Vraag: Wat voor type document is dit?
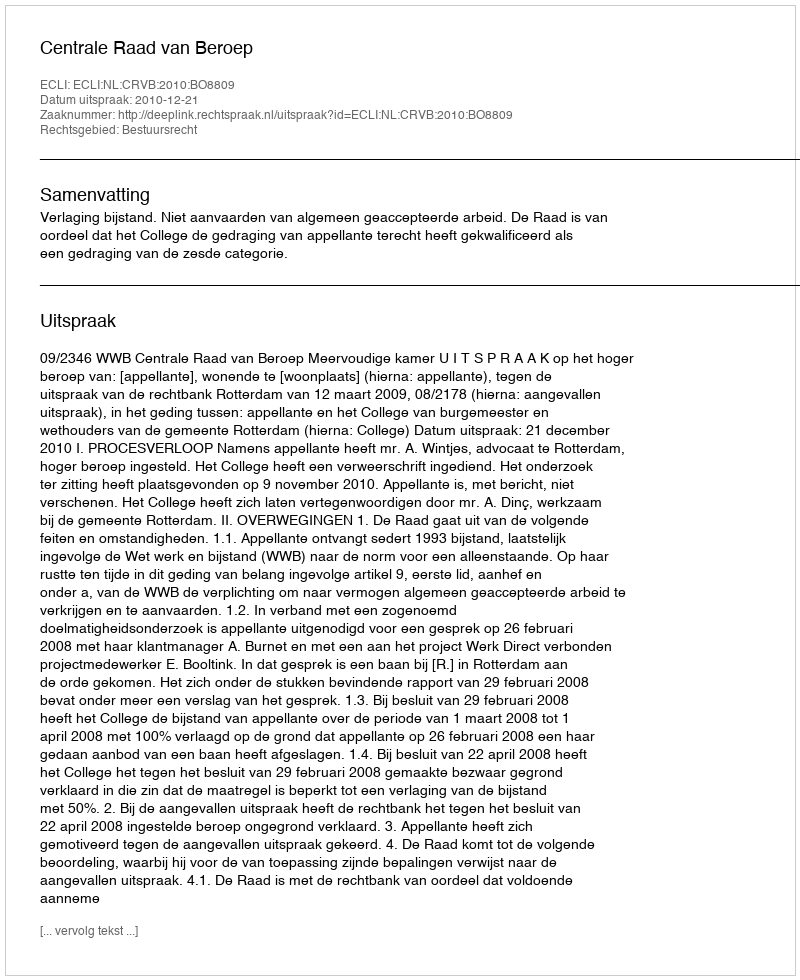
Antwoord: Uitspraak